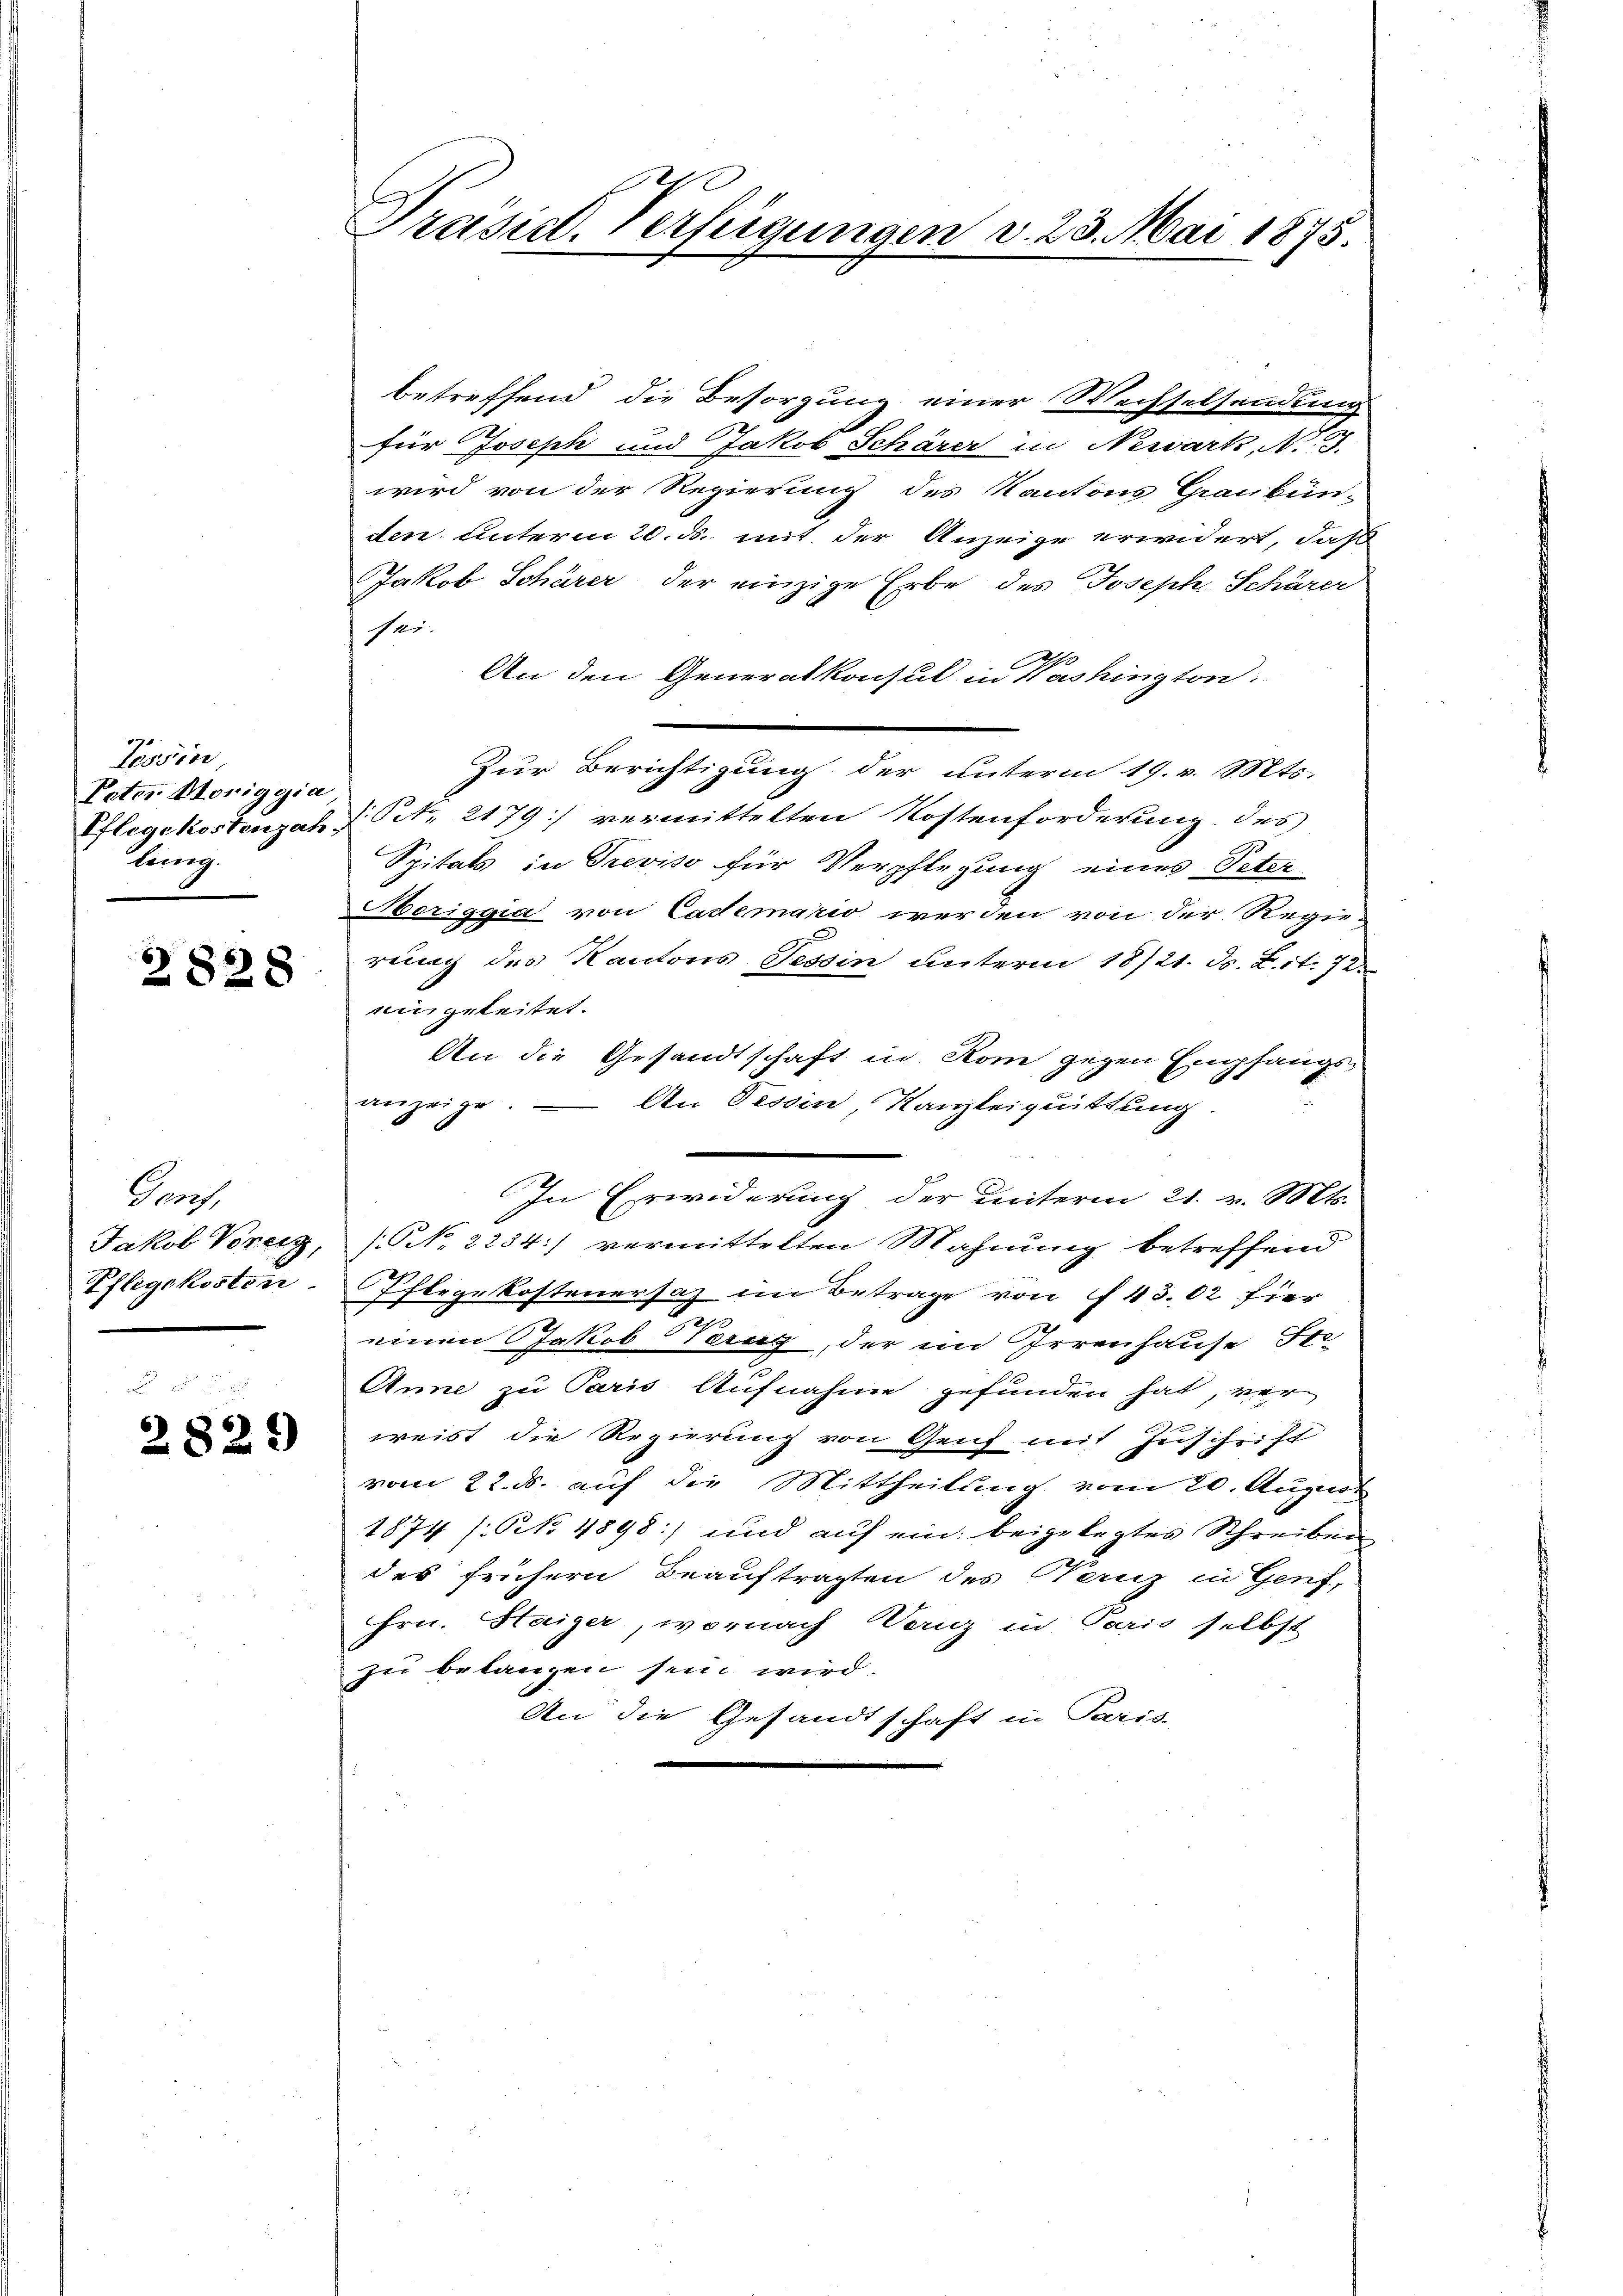
Tession
Peter Honiggia
Pflegekostenzahlönig.

2828

Prof.
Jakob Vorrig,
Pflegekosten

2829

Präsizt. Verfügungen v. 23. Mai 1875.

betreffend die Besorgung einer Wechselsendung
für Joseph und Jakob Schärer in Newark, N. F.
wird von der Regierung des Kantons Graubün-
den unterm 20. d. mit der Anzeige erwidert, daß
JJakob Schärer, der einzige Erbe des Joseph Schärer
sei.
An den Generalkonsul in Washington
Zur Berichtigung der unterm 19. v. Mts.
/. Petr. 2179] vermittelten Kostenforderung des
Spitals in Treviso für Verpflegung eines Peter
Seriggia von Cademario werden von der Regie
rung des Kantons Tessin unterm 18/21. ds. Z. it. 72
eingeleitet.
An die Gesandtschaft in Rom gegen Empfangs-
anzeige. — An Tessin Kanzleiquittung
.
In Erwiderung der unterm 21. v. Mts.
(N. 2234:) vermittelten Mahnung betreffend
Pflegekostenersaz im Betrage von 43.02 fier
einen Jakob Serag, der im Irrenhause Fre
Anne zu Paris Aufnahme gefunden hat, verweist die Regierung von Geich mit Zuschrift
vom 22. ds. auf die Mittheilung vom 20. Augus
1874 /: No 4898:) und auf ein beigelegtes Schreiben
des frühern Beauftragten des Herz in Genf,
Hrn. Haiger, wornach Tanz in Paris selbst
zu belangen sein wird.
An die Gesandtschaft in Paris-